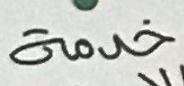
خدمة